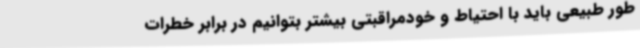
طور طبیعی باید با احتیاط و خودمراقبتی بیشتر بتوانیم در برابر خطرات